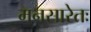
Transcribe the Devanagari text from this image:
मनसारेतः